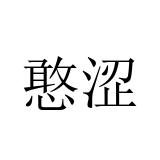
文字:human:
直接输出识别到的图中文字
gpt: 憨涩